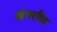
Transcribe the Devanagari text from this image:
व्हेयरविद